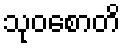
သုဝစောတိ